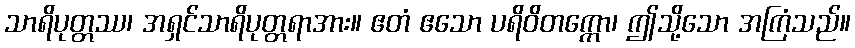
သာရိပုတ္တဿ၊ အရှင်သာရိပုတ္တရာအား။ ဧတံ ဧသော ပရိဝိတက္ကော၊ ဤသို့သော အကြံသည်။